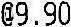
@9.90